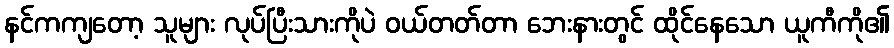
နင်ကကျတော့ သူများ လုပ်ပြီးသားကိုပဲ ဝယ်တတ်တာ ဘေးနားတွင် ထိုင်နေသော ယူကီကို၏